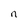
Character: n